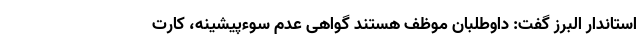
استاندار البرز گفت: داوطلبان موظف هستند گواهی عدم سوءپیشینه، کارت